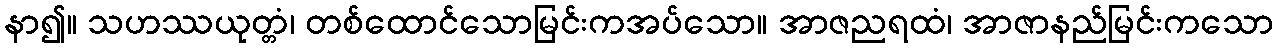
နာ၍။ သဟဿယုတ္တံ၊ တစ်ထောင်သောမြင်းကအပ်သော။ အာဇညရထံ၊ အာဇာနည်မြင်းကသော